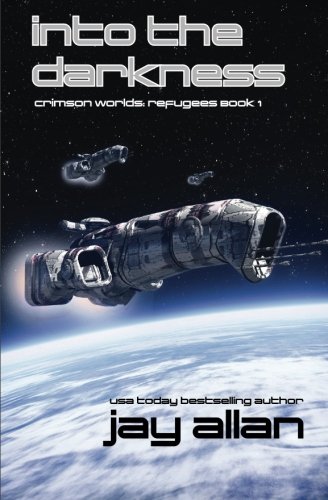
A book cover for Into the Darkness (Crimson Worlds Refugees) (Volume 1); Jay Allan; Science Fiction & Fantasy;